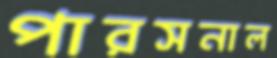
পারসনাল